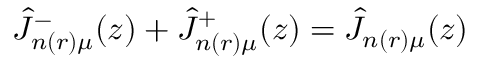
\hat { J } _ { n ( r ) \mu } ^ { - } ( z ) + \hat { J } _ { n ( r ) \mu } ^ { + } ( z ) = \hat { J } _ { n ( r ) \mu } ( z )